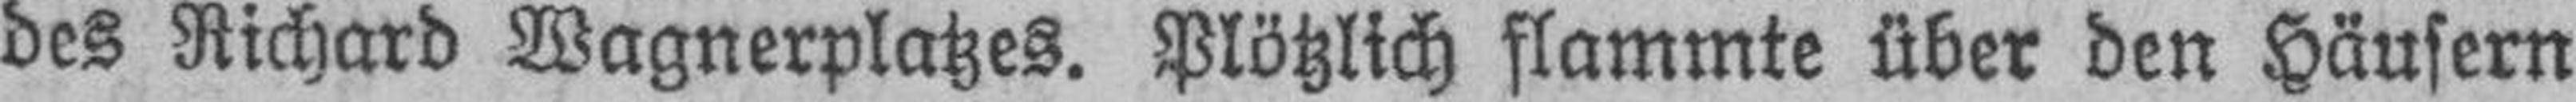
des Richard Wagnerplatzes. Plötzlich flammte über den Häusern